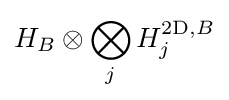
H_{B}\otimes \bigotimes _{j}H_{j}^{2\mathrm {D} ,B}